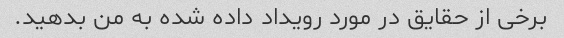
برخی از حقایق در مورد رویداد داده شده به من بدهید.